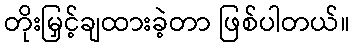
တိုးမြှင့်ချထားခဲ့တာ ဖြစ်ပါတယ်။